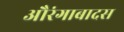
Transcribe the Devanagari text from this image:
औरंगाबादस